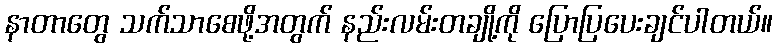
နာတာတွေ သက်သာစေဖို့အတွက် နည်းလမ်းတချို့ကို ပြောပြပေးချင်ပါတယ်။